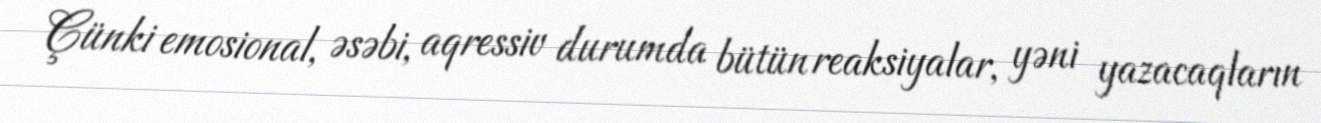
Çünki emosional, əsəbi, aqressiv durumda bütün reaksiyalar, yəni yazacaqların